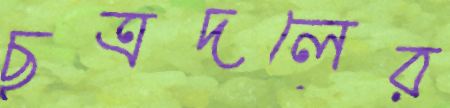
ছত্রদলের